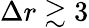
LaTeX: \Delta r\gtrsim 3